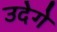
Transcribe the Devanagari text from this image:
उदेगे